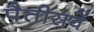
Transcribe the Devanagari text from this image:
पैतीसवें